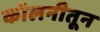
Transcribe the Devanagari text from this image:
कॉलनीतून